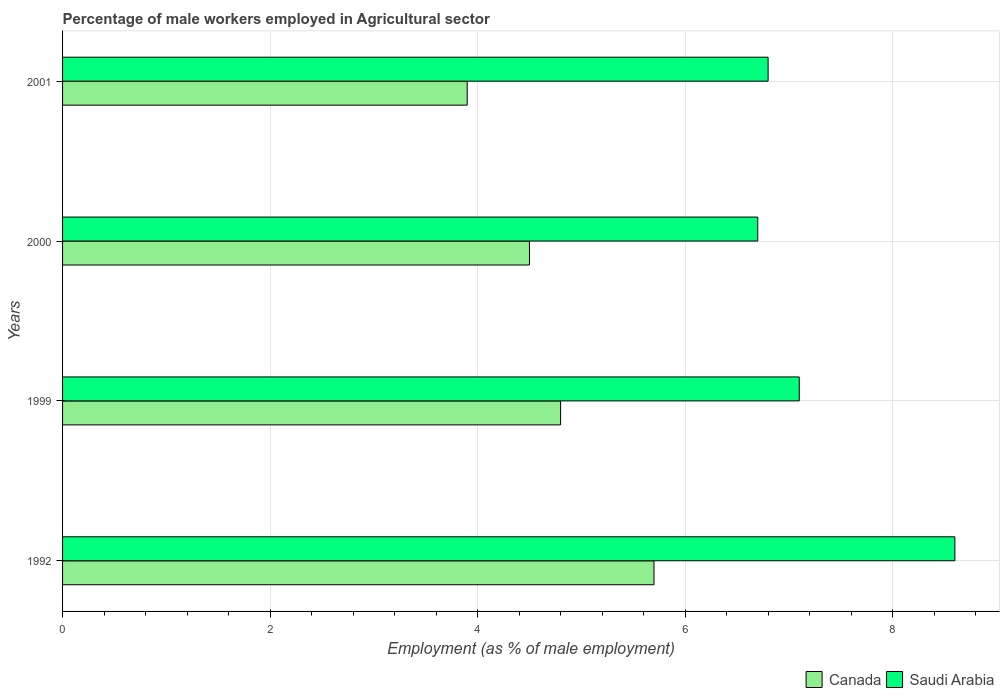
| Years | Canada | Saudi Arabia |
 | --- | --- | --- |
 | 1992 | 5.7 | 8.6 |
 | 1999 | 4.8 | 7.1 |
 | 2000 | 4.5 | 6.7 |
 | 2001 | 3.9 | 6.8 |